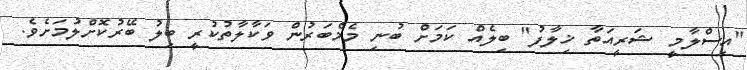
"އިސްލާމީ ޝަރީއަތާ ޚިލާފު" ބިލެއް ކަމަށް ބުނި މެމްބަރުން ވަކާލާތުކުރީ ބިލު ބޭރުކޮށްލުމަށެވެ.